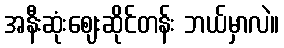
အနီးဆုံးဈေးဆိုင်တန်း ဘယ်မှာလဲ။